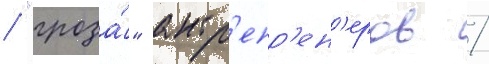
/ "гроза́" антр'епр'ен'еров /